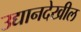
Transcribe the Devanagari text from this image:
उद्यानदेखील